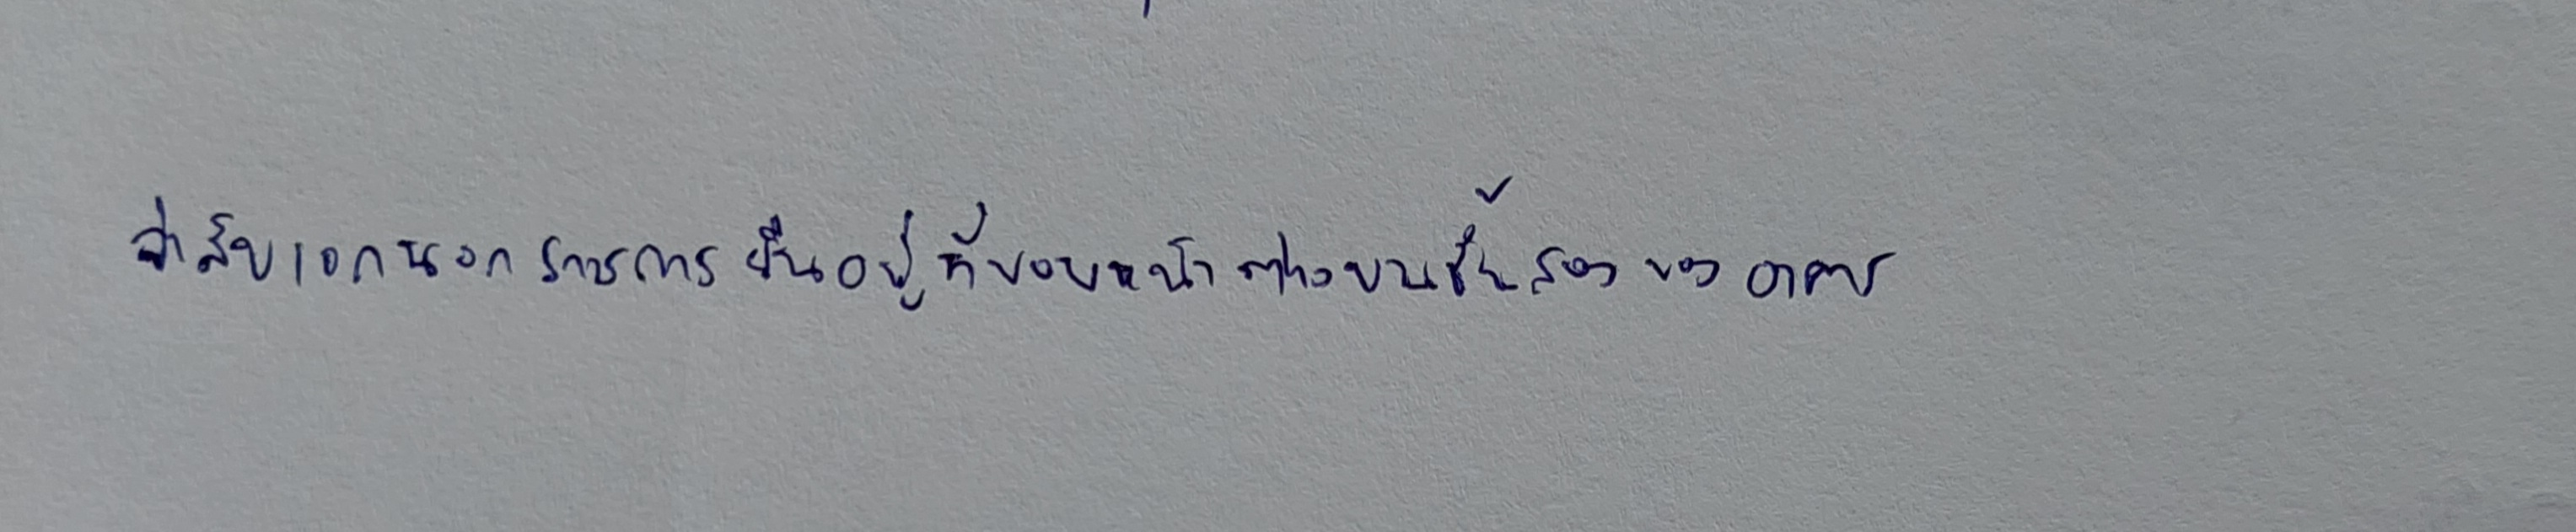
จ่าสิบเอกนอกราชการยืนอยู่ที่ขอบหน้าต่างบนชั้นสองของอาคาร